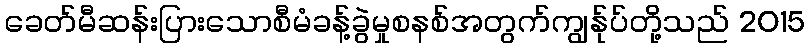
ခေတ်မီဆန်းပြားသောစီမံခန့်ခွဲမှုစနစ်အတွက်ကျွန်ုပ်တို့သည် 2015